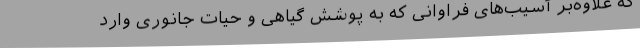
که علاوه‌بر آسیب‌های فراوانی که به ‌پوشش گیاهی و حیات جانوری وارد